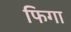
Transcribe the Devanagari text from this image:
फिगा